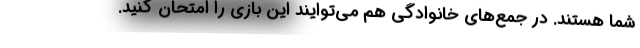
شما هستند. در جمع‌های خانوادگی هم می‌توایند این بازی را امتحان کنید.